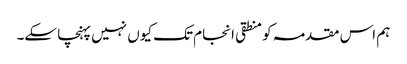
ہم اس مقدمہ کو منطقی انجام تک کیوں نہیں پہنچا سکے۔